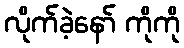
လိုက်ခဲ့နော် ကိုကို